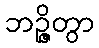
ဘဉ္ဇိတွာ